Annual administration report of the Civil Veterinary Department of India - 1892-1893
Year: 1892
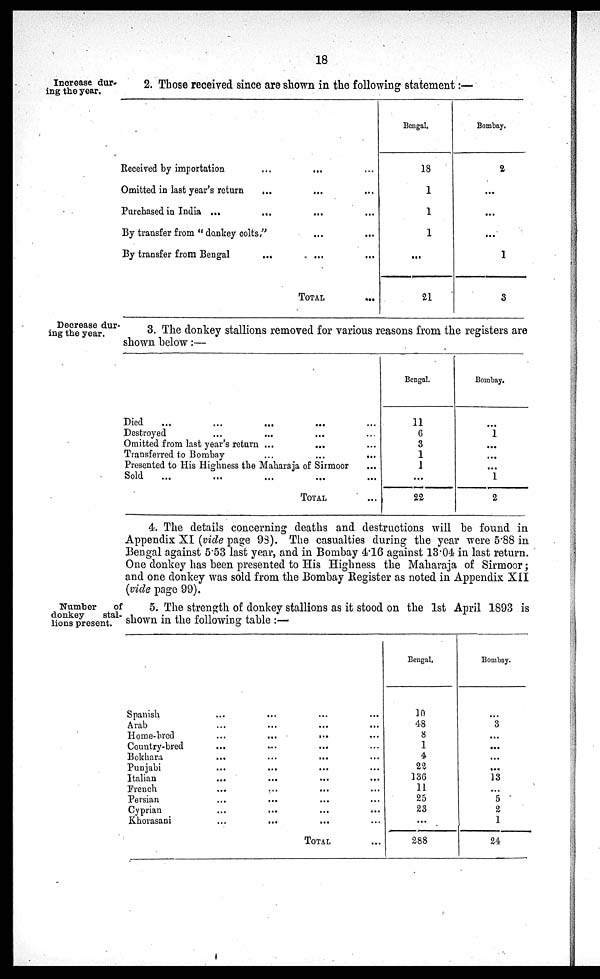
18
Increase dur-
ing the year.
2. Those received since are shown in the following statement:—
Received by importation ... ... ...
Omitted in last year's return ... ... ...
Purchased in India ... ... ... ...
By transfer from "donkey colts," ... ...
By transfer from Bengal ... ... ...
TOTAL...
Bengal.
18
1
1
1
...
21
Bombay.
2
...
...
...
1
3
Decrease dur-
ing the year.
3. The donkey stallions removed for various reasons from the registers are
shown below:—
Died ... ... ... ... ...
Destroyed ... ... ... ...
Omitted from last year's return ... ... ...
Transferred to Bombay
...
...
...
Presented to His Highness the Maharaja of Sirmoor ...
Sold
... ... ... ... ...
TOTAL ...
Bengal.
11
6
3
1
1
...
22
Bombay.
...
1
...
...
...
1
2
4. The details concerning deaths and destructions will be found in
Appendix XI (vide page 98). The casualties during the year were 5.88 in
Bengal against 5.53 last year, and in Bombay 4.16 against 13.04 in last return.
One donkey has been presented to His Highness the Maharaja of Sirmoor ;
and one donkey was sold from the Bombay Register as noted in Appendix XII
(vide page 99).
Number
of
donkey
stal-
lions present.
5. The strength of donkey stallions as it stood on the 1st April 1893 is
shown in the following table:—
Spanish ... ... ... ...
Arab ... ... ... ...
Home-bred ... ... ... ...
Country-bred ... ... ... ...
Bokhara ... ... ... ...
Punjabi ... ... ... ...
Italian ... ... ... ...
French ... ... ... ...
Persian ... ... ... ...
Cyprian ... ... ... ...
Khorasani ... ... ... ...
TOTAL
...
Bengal.
10
48
8
1
4
22
136
11
25
23
...
288
Bombay.
...
3
...
...
...
...
13
...
5
2
1
24